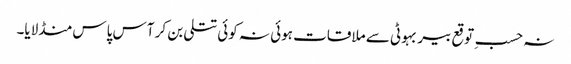
نہ حسبِ توقع بیر بہوٹی سے ملاقات ہوئی نہ کوئی تتلی بن کر آس پاس منڈلایا۔